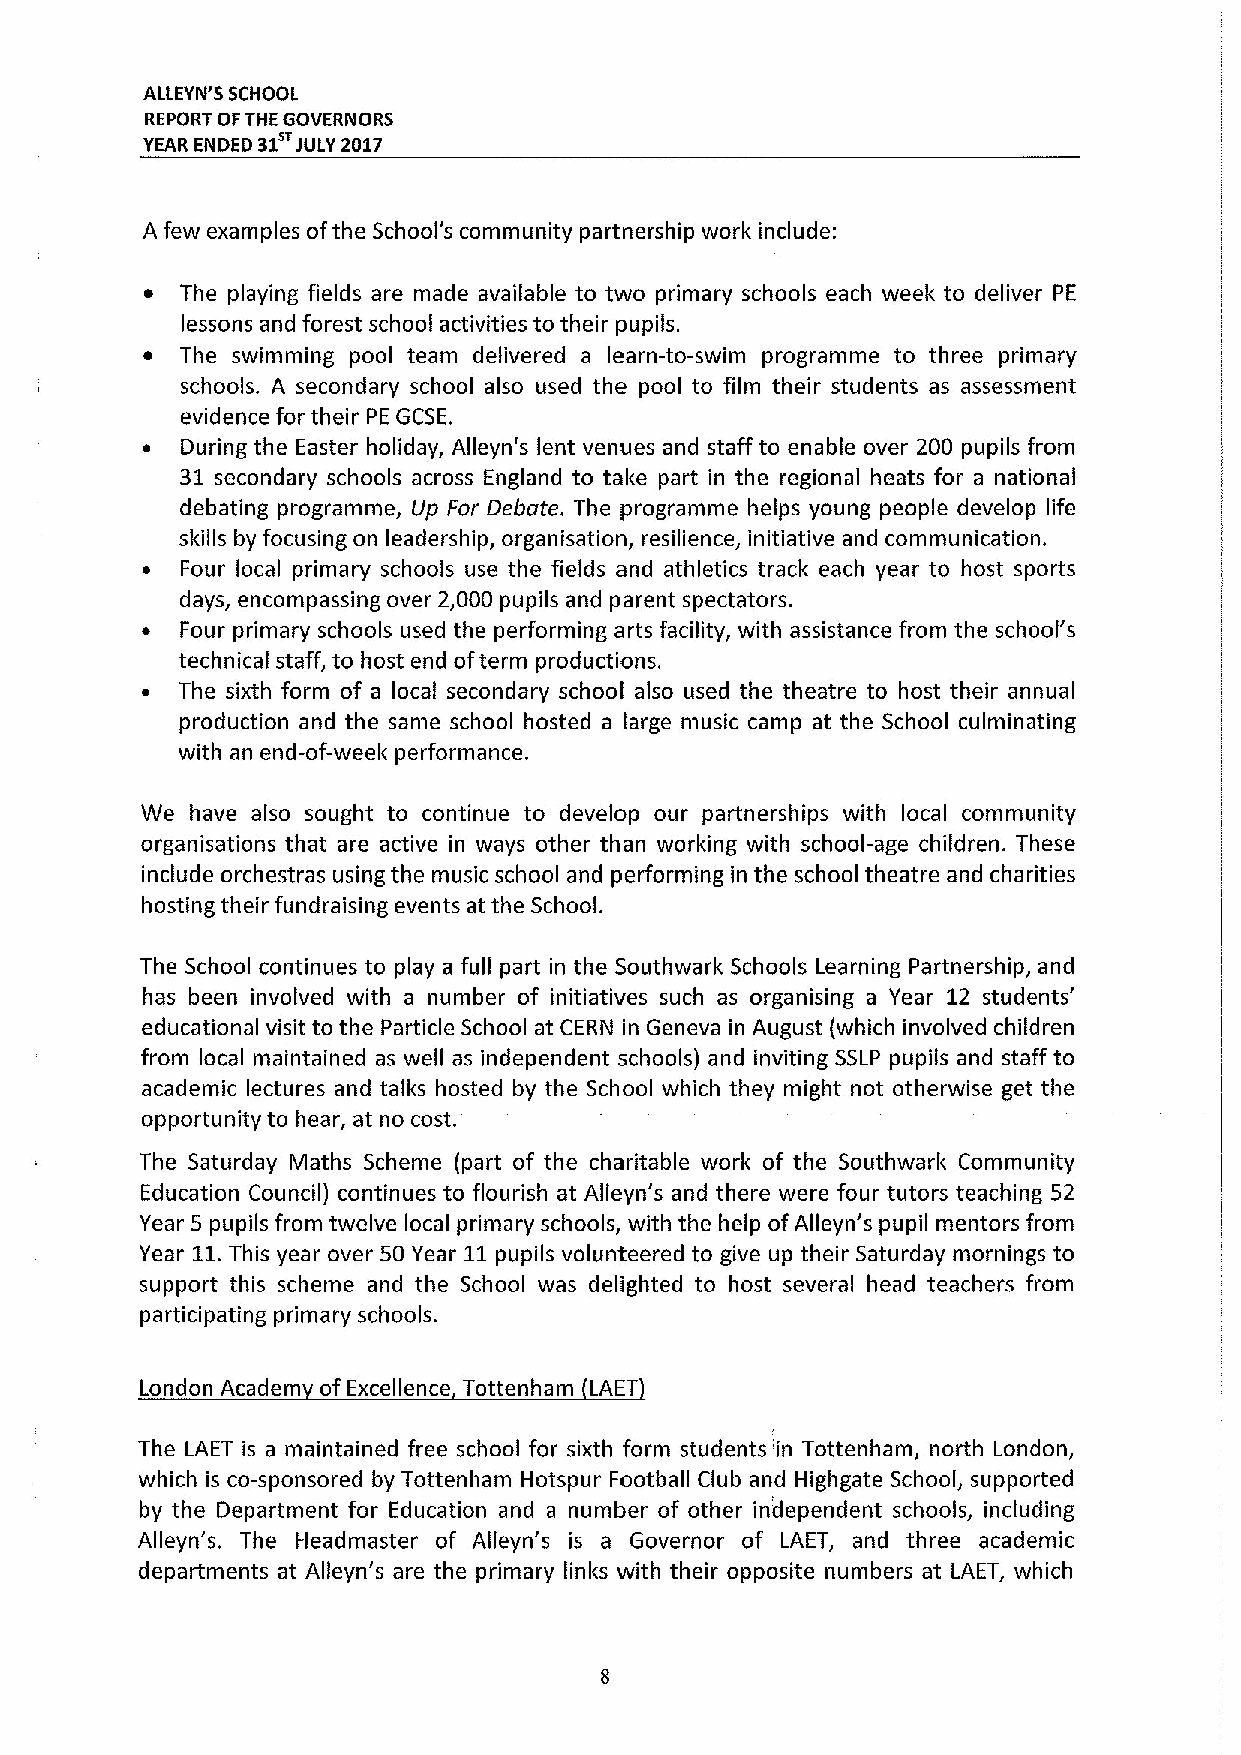
ALLEYN'S SCHOOL
 REPORT OFTHE GOVERNORS
 YEAR ENDED a1 JULY 2017
 A few examples ofthe School's community partnership work include:
 ~ The playing fields are made available to two primary schools each week to deliver PE
 lessons and forest school activities to their pupils.
 ~  The swimming pool team delivered a learn-to-swim programme to three primary
 schools. A secondary school also used the pool to film their students as assessment
 evidence for their PE GCSE.
 ~  During the Easter holiday, Alleyn's lent venues and staff to enable over 200 pupils from
 31 secondary schools across England to tal&e part in the regional heats for a national
 debating programme, Up For Debate. The programme helps young people develop life
 skills by focusing on leadership, organisation, resilience, initiative and communication.
 ~  Four local primary schools use the fields and athletics track each year to host sports
 days, encompassing over 2,000 pupils and parent spectators.
 ~  Four primary schools used the performing arts facility, with assistance from the school's
 technical staff, to host end ofterm productions.
 ~  The sixth form of a local secondary school also used the theatre to host their annual
 production and the same school hosted a large music camp at the School culminating
 with an end-of-weel& performance.
 We  have also sought to continue to develop our partnerships with local community
 organisations that are active in ways other than working with school-age children. These
 include orchestras using the music school and performing in the school theatre and charities
 hosting their fundraising events at the School.
 The School continues to play a full part in the Southwark Schools Learning Partnership, and
 has been involved with a number of initiatives such as organising a Year 12 students'
 educational visit to the Particle School at CERN in Geneva in August (which involved children
 from local maintained as well as independent schools) and inviting SSLP pupils and staff to
 academic lectures and talks hasted by the School which they might not otherwise get the
 opportunity to hear, at no cost.
 The Saturday Maths Scheme (part of the charitable worl& of the Southwarl& Community
 Education Council) continues to flourish at Alleyn's and there were four tutors teaching 52
 Year 5 pupils from twelve local primary schools, with the help ofAlleyn's pupil mentors from
 Year 11.This year over 50 Year 11 pupils volunteered to give up their Saturday mornings to
 support this scheme and the School was delighted to host several head teachers from
 participating primary schools.
 London Academ of Excellence Tottenham LAET
 The LAET is a maintained free school for sixth form students in Tottenham, north London,
 which is co-sponsored by Tottenham Hotspur Football Club and Highgate School, supported
 by the Department for Education and a number of other independent schools, including
 Alleyn's. The Headmaster of Alleyn's is a Governor of LAET, and three academic
 departments at Alleyn's are the primary links with their opposite numbers at LAET, which